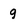
Character: 9